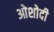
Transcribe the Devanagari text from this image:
ओशोदी